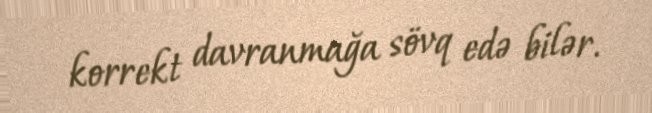
korrekt davranmağa sövq edə bilər.